Veterinary [1916] -
Year: 1916
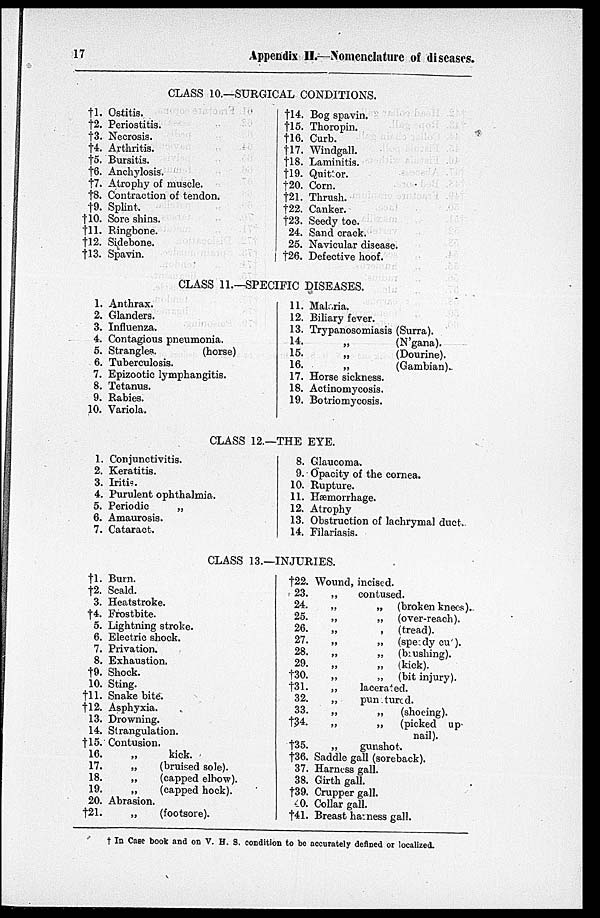
17
Appendix II.—Nomenclature of diseases.
CLASS 10.—SURGICAL CONDITIONS.
†1.
†2.
†3.
†4.
†5.
†6.
†7.
†8.
†9.
†10.
†11.
†12.
†13.
Ostitis.
Periostitis.
Necrosis.
Arthritis.
Bursitis.
Anchylosis.
Atrophy of muscle.
Contraction of tendon.
Splint.
Sore shins.
Ringbone.
Sidebone.
Spavin.
†14.
†15.
†16.
†17.
†18.
†19.
†20.
†21.
†22.
†23.
24.
25.
†26.
Bog spavin.
Thoropin.
Curb.
Windgall.
Laminitis.
Quittor.
Corn.
Thrush.
Canker.
Seedy toe.
Sand crack.
Navicular disease.
Defective hoof.
CLASS 11.—SPECIFIC DISEASES.
1.
2.
3.
4.
5.
6.
7.
8.
9.
10.
Anthrax.
Glanders.
Influenza.
Contagious pneumonia.
Strangles.
(horse)
Tuberculosis.
Epizootic lymphangitis.
Tetanus.
Rabies.
Variola.
11.
12.
13.
14.
15.
16.
17.
18.
19.
Maleria.
Biliary fever.
Trypanosomiasis (Surra).
„
(N'gana).
„
(Dourine).
„
(Gambian).
Horse sickness.
Actinomycosis.
Botriomycosis.
CLASS 12.—THE EYE.
1.
2.
3.
4.
5.
6.
7.
Conjunctivitis.
Keratitis.
Iritis.
Purulent ophthalmia.
Periodic
„
Amaurosis.
Cataract.
8.
9.
10.
11.
12.
13.
14.
Glaucoma.
Opacity of the cornea.
Rupture.
Hæmorrhage.
Atrophy
Obstruction of lachrymal duct.
Filariasis.
CLASS 13.—INJURIES.
†1.
†2.
3.
†4.
5.
6.
7.
8.
†9.
10.
†11.
†12.
13.
14.
†15.
16.
17.
18.
19.
20.
†21.
Burn.
Scald.
Heatstroke.
Frostbite.
Lightning stroke.
Electric shock.
Privation.
Exhaustion.
Shock.
Sting.
Snake bite.
Asphyxia.
Drowning.
Strangulation.
Contusion.
„
kick.
„
(bruised sole).
„
(capped elbow).
„
(capped hock).
Abrasion.
„
(footsore).
†22.
23.
24.
25.
26.
27.
28.
29.
†30.
†31.
32.
33.
†34.
†35.
†36.
37.
38.
†39.
†40.
†41.
Wound, incised.
„
contused.
„
„ (broken knees).
„
„ (over-reach).
„
, (tread).
„
„
(speedy cu ).
„
„ (brushing).
„
„ (kick).
„
„ (bit injury).
„
lacerated.
„
punctured.
„
„
(shoeing).
„
„
(picked up
nail).
„
gunshot.
Saddle gall (soreback).
Harness gall.
Girth gall.
Crupper gall.
Collar gall.
Breast harness gall.
† In Case book and on V. H. S. condition to be accurately defined or localized.